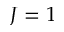
J = 1